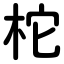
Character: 柁